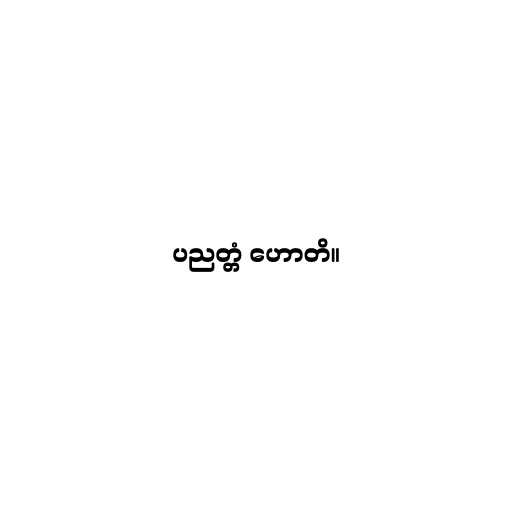
ပညတ္တံ ဟောတိ။